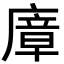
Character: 㢓